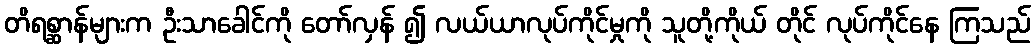
တိရစ္ဆာန်များက ဦးသာခေါင်ကို တော်လှန် ၍ လယ်ယာလုပ်ကိုင်မှုကို သူတို့ကိုယ် တိုင် လုပ်ကိုင်နေ ကြသည်